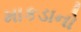
માકડાનો